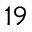
1 9